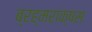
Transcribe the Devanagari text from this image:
ब्रह्मराक्षसः